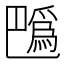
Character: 𢁍